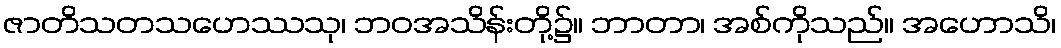
ဇာတိသတသဟေဿသု၊ ဘဝအသိန်းတို့၌။ ဘာတာ၊ အစ်ကိုသည်။ အဟောသိ၊